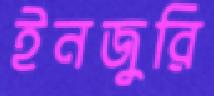
ইনজুরি